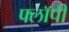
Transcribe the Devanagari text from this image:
फ्लाॅपी